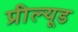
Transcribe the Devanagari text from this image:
प्रील्यूड